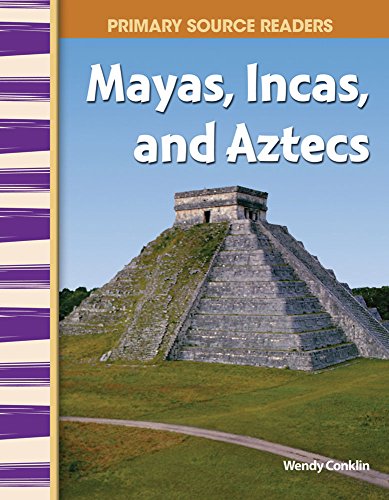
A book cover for Mayas, Incas, and Aztecs: World Cultures Through Time (Primary Source Readers); Wendy Conklin M.A.; Children's Books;